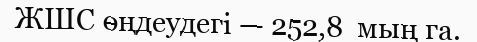
ЖШС өңдеудегі — 252,8  мың га.